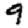
Digit: 9